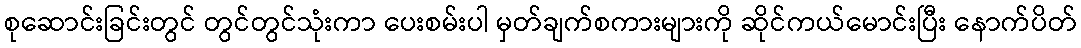
စုဆောင်းခြင်းတွင် တွင်တွင်သုံးကာ ပေးစမ်းပါ မှတ်ချက်စကားများကို ဆိုင်ကယ်မောင်းပြီး နောက်ပိတ်